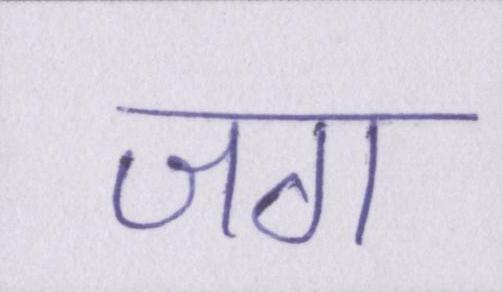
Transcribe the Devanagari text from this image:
जग